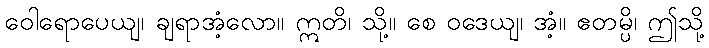
ဝေါရောပေယျ၊ ချရာအံ့လော။ ဣတိ၊ သို့။ စေ ဝဒေယျ၊ အံ့။ ဧတမ္ပိ၊ ဤသို့